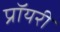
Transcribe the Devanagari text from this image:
प्रॉयरी